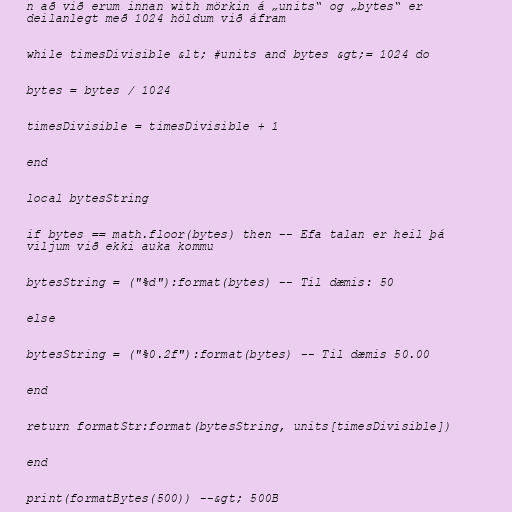
n að við erum innan with mörkin á „units“ og „bytes“ er
deilanlegt með 1024 höldum við áfram

while timesDivisible &lt; #units and bytes &gt;= 1024 do

bytes = bytes / 1024

timesDivisible = timesDivisible + 1

end

local bytesString

if bytes == math.floor(bytes) then -- Efa talan er heil þá
viljum við ekki auka kommu

bytesString = ("%d"):format(bytes) -- Til dæmis: 50

else

bytesString = ("%0.2f"):format(bytes) -- Til dæmis 50.00

end

return formatStr:format(bytesString, units[timesDivisible])

end

print(formatBytes(500)) --&gt; 500B